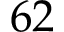
6 2